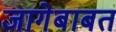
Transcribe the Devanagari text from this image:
जागेबाबत